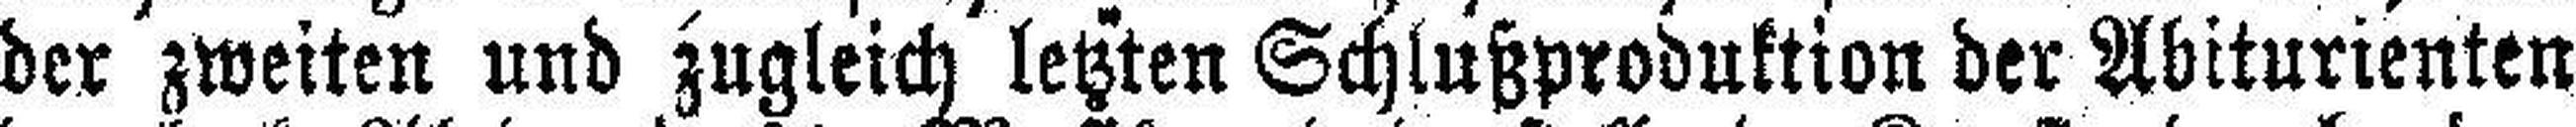
der zweiten und zugleich letzten Schlußproduktion der Abiturienten